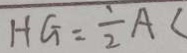
H G = \frac { 1 } { 2 } A C